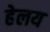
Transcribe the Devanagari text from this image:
हेलय